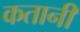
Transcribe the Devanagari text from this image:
कतानी